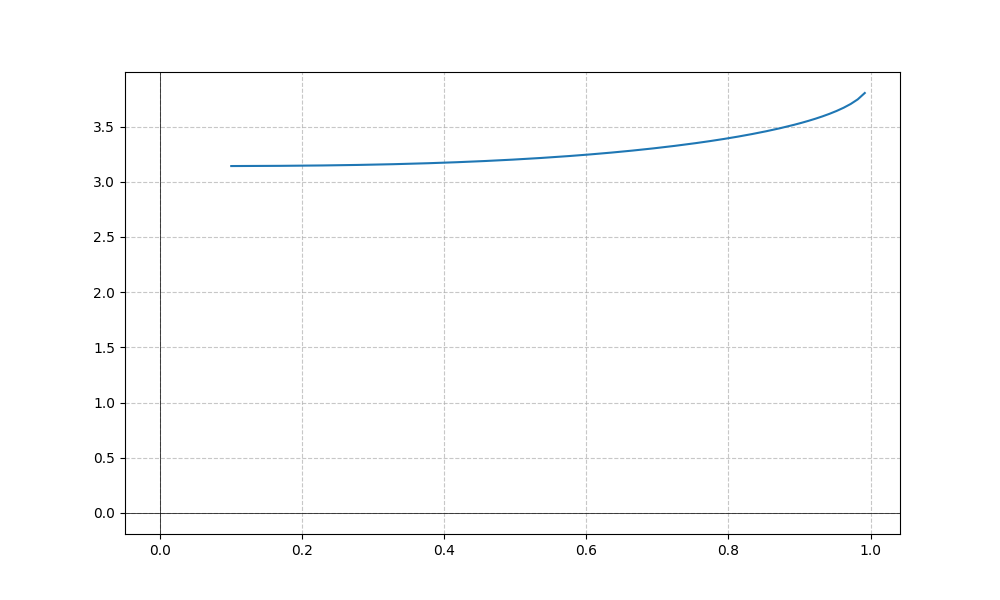
LaTeX formula: \operatorname{acos}{\left(- x \right)} + \operatorname{acot}{\left(x \right)}